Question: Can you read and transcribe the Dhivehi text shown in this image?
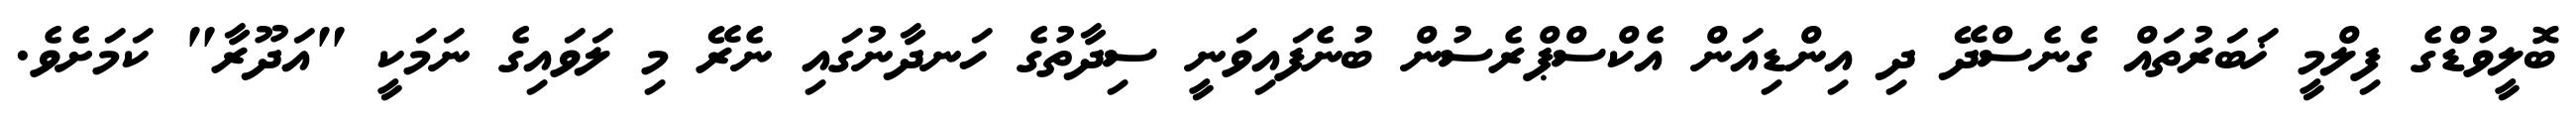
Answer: ބޮލީވުޑްގެ ފިލްމީ ޚަބަރުތައް ގެނެސްދޭ ދި އިންޑިއަން އެކްސްޕްރެސުން ބުނެފައިވަނީ ސިދާތުގެ ހަނދާނުގައި ނެރޭ މި ލަވައިގެ ނަމަކީ "އަދޫރާ" ކަމަށެވެ.